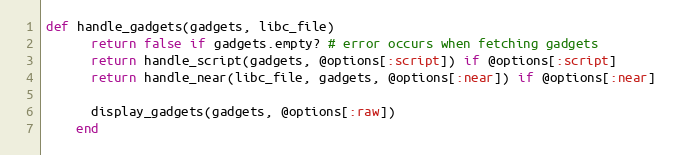
Language: Ruby
def handle_gadgets(gadgets, libc_file)
      return false if gadgets.empty? # error occurs when fetching gadgets
      return handle_script(gadgets, @options[:script]) if @options[:script]
      return handle_near(libc_file, gadgets, @options[:near]) if @options[:near]

      display_gadgets(gadgets, @options[:raw])
    end